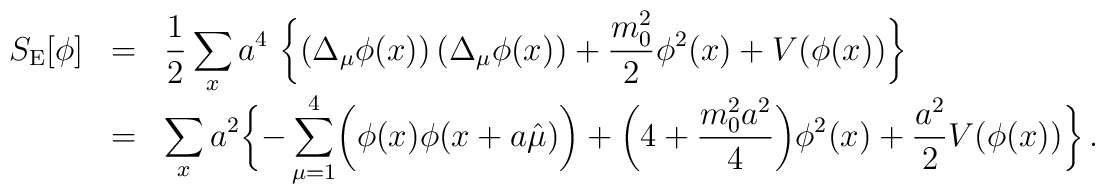
\begin{array}{rcl}S_{\rm E}[\phi] &=& \displaystyle \frac{1}{2}\sum\limits_{x}a^4\ \biggl\{\left(\Delta_\mu\phi(x)\right)\left(\Delta_\mu\phi(x)\right)  + {\displaystyle \frac{m_0^2}{2}}\phi^2(x) + V(\phi(x)) \biggr\} \\ &=& \displaystyle \sum\limits_{x} a^2  \biggl\{-\sum\limits_{\mu=1}^{4}\biggl( \phi(x)\phi(x+a\hat\mu)\biggr)  + \biggl(4+{\displaystyle \frac{m_0^2 a^2}{4}}\biggr)\phi^2(x)  + {\displaystyle \frac{a^2}{2}} V(\phi(x))  \biggr\} \,.\end{array}